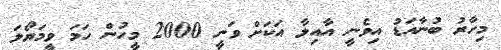
މިހާރު ބުނާއަޑު އިވެނީ އާއިލާ އަކަށް ވަނީ 2000 މީހުން ހަމަ ވީމަޔޯލަ